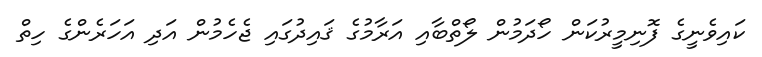
ކައިވެނީގެ ފޮނިމީރުކަން ހޯދަމުން ލޯތްބާއި އަރާމުގެ ޤައިދުގައި ޖެހެމުން އަދި އަހަރެންގެ ހިތް